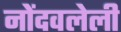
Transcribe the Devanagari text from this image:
नोेंदवलेली